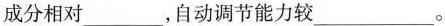
成分相对___，自动调节能力较___。